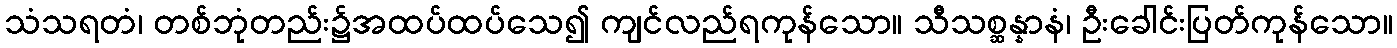
သံသရတံ၊ တစ်ဘုံတည်း၌အထပ်ထပ်သေ၍ ကျင်လည်ရကုန်သော။ သီသစ္ဆန္နာနံ၊ ဦးခေါင်းပြတ်ကုန်သော။